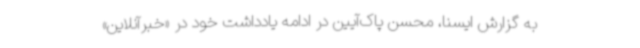
به گزارش ایسنا، محسن پاک‌آیین در ادامه یادداشت خود در «خبرآنلاین»